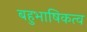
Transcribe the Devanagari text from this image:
बहुभाषिकत्व